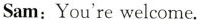
Sam:You're welcome.